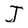
Character: J